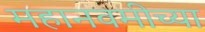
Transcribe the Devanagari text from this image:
महानवमीच्या